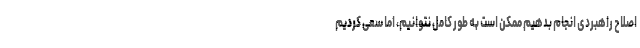
اصلاح راهبردی انجام بدهیم ممکن است به طور کامل نتوانیم، اما سعی کردیم